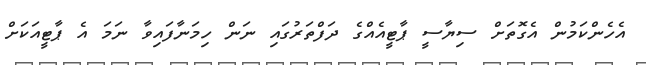
އެހެންކަމުން އެގޮތަށް ސިޔާސީ ޕާޓީއެއްގެ ދަފްތަރުގައި ނަން ހިމަނާފައިވާ ނަމަ އެ ޕާޓީއަކަށް